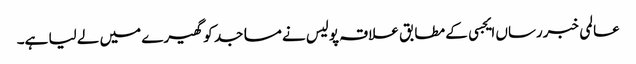
عالمی خبررساں ایجسی کے مطابق علاقہ پولیس نے مساجد کو گھیرے میں لے لیا ہے۔